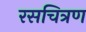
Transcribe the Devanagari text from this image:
रसचित्रण